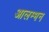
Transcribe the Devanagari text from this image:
आलम्भन